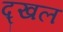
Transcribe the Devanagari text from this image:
द्खल